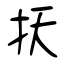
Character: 扷